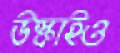
উস্‌কাইও